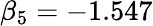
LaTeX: \beta_{5}=-1.547